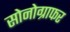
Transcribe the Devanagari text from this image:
सोनोग्राफर